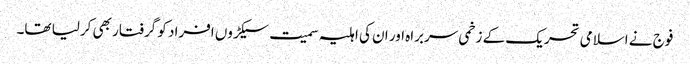
فوج نے اسلامی تحریک کے زخمی سربراہ اور ان کی اہلیہ سمیت سیکڑوں افراد کو گرفتار بھی کرلیا تھا۔